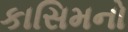
કાસિમનો